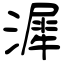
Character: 漽